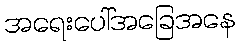
အရေးပေါ်အခြေအနေ